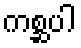
ကစ္ဆပါ